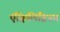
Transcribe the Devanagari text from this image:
ऍक्विलिब्रियम